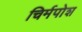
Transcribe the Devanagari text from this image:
चिर्मपोश